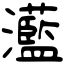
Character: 灆